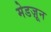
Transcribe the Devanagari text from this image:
मेडज़ून